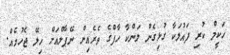
ހަކީމް ކުރި ފައުލަކާ ގުޅިގެން ލަންކާ ހާފްގެ ތެރެއިން ނޭޕާލްއަށް ހިލޭ ޖެހުމެއް.